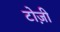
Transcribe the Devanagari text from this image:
टोज़ी